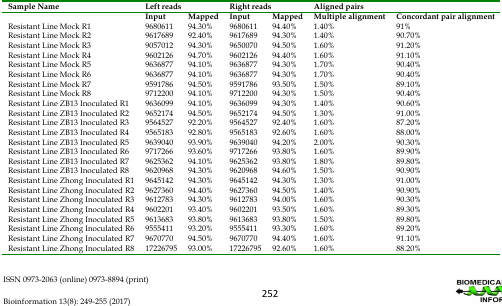
<table><thead><tr><td><b>Sample Name</b></td><td colspan="2"><b>Left reads</b></td><td colspan="2"><b>Right reads</b></td><td colspan="2"><b>Aligned pairs</b></td></tr></thead><tbody><tr><td></td><td>Input</td><td>Mapped</td><td>Input</td><td>Mapped</td><td>Multiple alignment</td><td>Concordant pair alignment</td></tr><tr><td>Resistant Line Mock R1</td><td>9680611</td><td>94.30%</td><td>9680611</td><td>94.40%</td><td>1.40%</td><td>91%</td></tr><tr><td>Resistant Line Mock R2</td><td>9617689</td><td>92.40%</td><td>9617689</td><td>94.30%</td><td>1.40%</td><td>90.70%</td></tr><tr><td>Resistant Line Mock R3</td><td>9057012</td><td>94.30%</td><td>9650070</td><td>94.50%</td><td>1.60%</td><td>91.20%</td></tr><tr><td>Resistant Line Mock R4</td><td>9602126</td><td>94.70%</td><td>9602126</td><td>94.40%</td><td>1.60%</td><td>91.10%</td></tr><tr><td>Resistant Line Mock R5</td><td>9636877</td><td>94.10%</td><td>9636877</td><td>94.30%</td><td>1.70%</td><td>90.40%</td></tr><tr><td>Resistant Line Mock R6</td><td>9636877</td><td>94.10%</td><td>9636877</td><td>94.30%</td><td>1.70%</td><td>90.40%</td></tr><tr><td>Resistant Line Mock R7</td><td>9591786</td><td>94.50%</td><td>9591786</td><td>93.50%</td><td>1.50%</td><td>89.10%</td></tr><tr><td>Resistant Line Mock R8</td><td>9712200</td><td>94.10%</td><td>9712200</td><td>94.30%</td><td>1.50%</td><td>90.40%</td></tr><tr><td>Resistant Line ZB13 Inoculated R1</td><td>9636099</td><td>94.10%</td><td>9636099</td><td>94.30%</td><td>1.40%</td><td>90.60%</td></tr><tr><td>Resistant Line ZB13 Inoculated R2</td><td>9652174</td><td>94.50%</td><td>9652174</td><td>94.50%</td><td>1.30%</td><td>91.00%</td></tr><tr><td>Resistant Line ZB13 Inoculated R3</td><td>9564527</td><td>92.20%</td><td>9564527</td><td>92.40%</td><td>1.60%</td><td>87.20%</td></tr><tr><td>Resistant Line ZB13 Inoculated R4</td><td>9565183</td><td>92.80%</td><td>9565183</td><td>92.60%</td><td>1.60%</td><td>88.00%</td></tr><tr><td>Resistant Line ZB13 Inoculated R5</td><td>9639040</td><td>93.90%</td><td>9639040</td><td>94.20%</td><td>2.00%</td><td>90.30%</td></tr><tr><td>Resistant Line ZB13 Inoculated R6</td><td>9717266</td><td>93.60%</td><td>9717266</td><td>93.80%</td><td>1.60%</td><td>89.90%</td></tr><tr><td>Resistant Line ZB13 Inoculated R7</td><td>9625362</td><td>94.10%</td><td>9625362</td><td>93.80%</td><td>1.80%</td><td>89.80%</td></tr><tr><td>Resistant Line ZB13 Inoculated R8</td><td>9620968</td><td>94.30%</td><td>9620968</td><td>94.60%</td><td>1.50%</td><td>90.90%</td></tr><tr><td>Resistant Line Zhong Inoculated R1</td><td>9645142</td><td>94.30%</td><td>9645142</td><td>94.30%</td><td>1.30%</td><td>91.00%</td></tr><tr><td>Resistant Line Zhong Inoculated R2</td><td>9627360</td><td>94.40%</td><td>9627360</td><td>94.50%</td><td>1.40%</td><td>90.90%</td></tr><tr><td>Resistant Line Zhong Inoculated R3</td><td>9612783</td><td>94.30%</td><td>9612783</td><td>94.00%</td><td>1.60%</td><td>90.30%</td></tr><tr><td>Resistant Line Zhong Inoculated R4</td><td>9602201</td><td>93.40%</td><td>9602201</td><td>93.50%</td><td>1.60%</td><td>89.30%</td></tr><tr><td>Resistant Line Zhong Inoculated R5</td><td>9613683</td><td>93.80%</td><td>9613683</td><td>93.80%</td><td>1.50%</td><td>89.80%</td></tr><tr><td>Resistant Line Zhong Inoculated R6</td><td>9555411</td><td>93.20%</td><td>9555411</td><td>93.30%</td><td>1.60%</td><td>89.20%</td></tr><tr><td>Resistant Line Zhong Inoculated R7</td><td>9670770</td><td>94.50%</td><td>9670770</td><td>94.40%</td><td>1.60%</td><td>91.10%</td></tr><tr><td>Resistant Line Zhong Inoculated R8</td><td>17226795</td><td>93.00%</td><td>17226795</td><td>92.60%</td><td>1.60%</td><td>88.20%</td></tr></tbody></table>